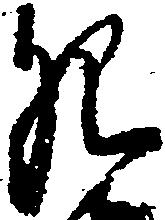
肥